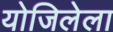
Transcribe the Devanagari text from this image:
योजिलेला